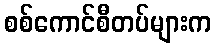
စစ်ကောင်စီတပ်များက